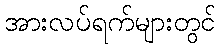
အားလပ်ရက်များတွင်